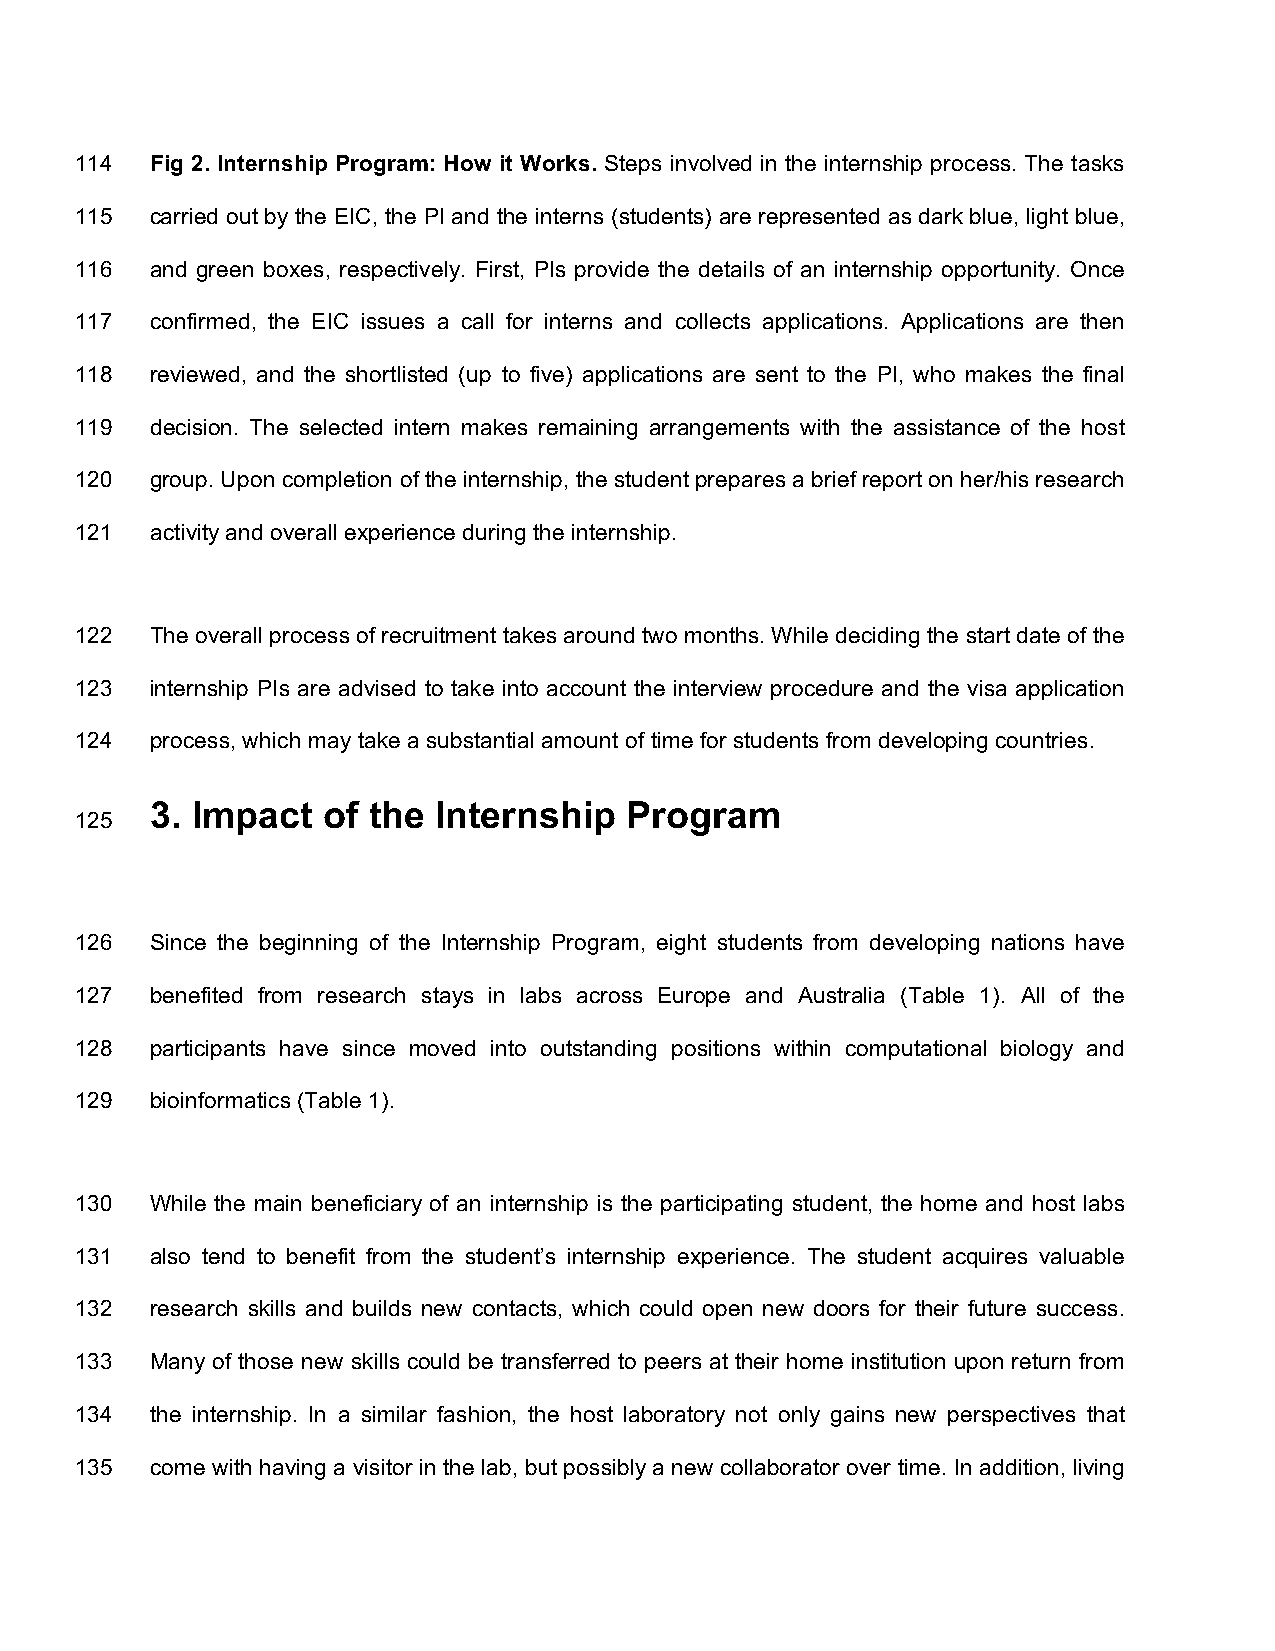
114  Fig 2. Internship Program: How it Works. Steps involved in the internship process. The tasks
 115  carried out by the EIC, the PI and the interns (students) are represented as dark blue, light blue,
 116  and green boxes, respectively. First, PIs provide the details of an internship opportunity. Once
 117  confirmed, the EIC issues a call for interns and collects applications. Applications are then
 118  reviewed, and the shortlisted (up to five) applications are sent to the PI, who makes the final
 119  decision. The selected intern makes remaining arrangements with the assistance of the host
 120  group. Upon completion of the internship, the student prepares a brief report on her/his research
 121  activity and overall experience during the internship.
 122  The overall process of recruitment takes around two months. While deciding the start date of the
 123  internship PIs are advised to take into account the interview procedure and the visa application
 124  process, which may take a substantial amount of time for students from developing countries.
 3. Impact  of the  Internship   Program
 125
 126  Since the beginning of the Internship Program, eight students from developing nations have
 127  benefited from research stays in labs across Europe and Australia (Table 1). All of the
 128  participants have since moved into outstanding positions within computational biology and
 129  bioinformatics (Table 1).
 130  While the main beneficiary of an internship is the participating student, the home and host labs
 131  also tend to benefit from the student’s internship experience. The student acquires valuable
 132  research skills and builds new contacts, which could open new doors for their future success.
 133  Many of those new skills could be transferred to peers at their home institution upon return from
 134  the internship. In a similar fashion, the host laboratory not only gains new perspectives that
 135  come with having a visitor in the lab, but possibly a new collaborator over time. In addition, living